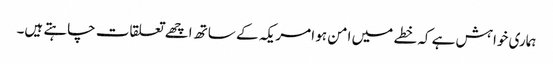
ہماری خواہش ہے کہ خطے میں امن ہو امریکہ کے ساتھ اچھے تعلقات چاہتے ہیں۔